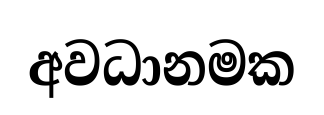
අවධානමක